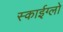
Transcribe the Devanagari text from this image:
स्काईग्लो